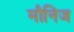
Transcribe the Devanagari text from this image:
मौनिज